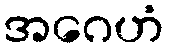
အဂေဟံ